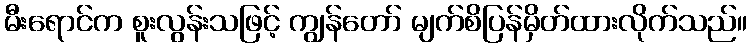
မီးရောင်က စူးလွန်းသဖြင့် ကျွန်တော် မျက်စိပြန်မှိတ်ထားလိုက်သည်။